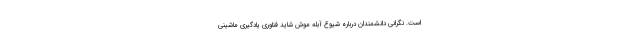
است. نگرانی دانشمندان درباره شیوع آبله موش شاید فناوری یادگیری ماشینی